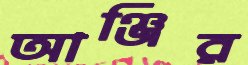
আঞ্জির